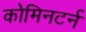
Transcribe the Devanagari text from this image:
कोमिनटर्न